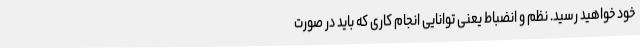
خود خواهید رسید. نظم و انضباط یعنی توانایی انجام کاری که باید در صورت